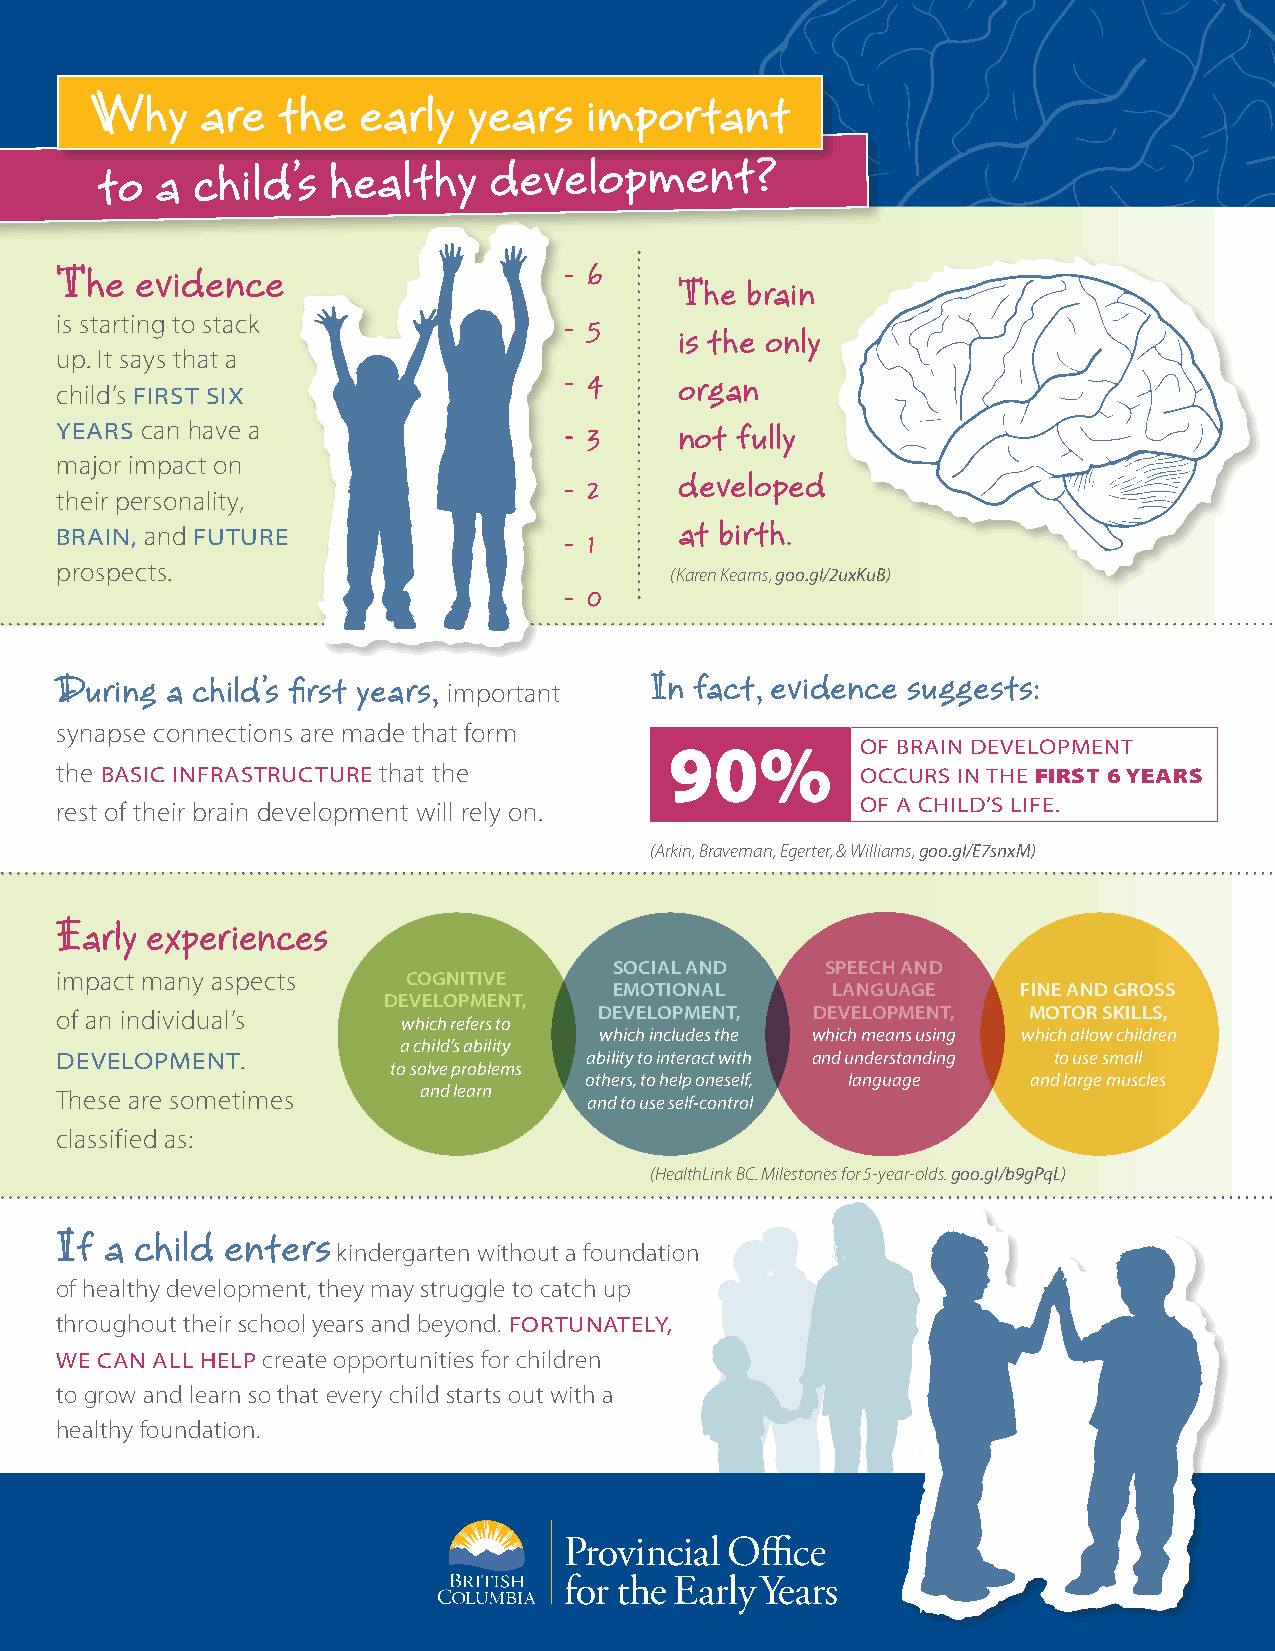
Why    are  the   early  years   important
 to  a  child’s  healthy   development?
 The  evidence                      6
 The brain
 is starting to stack               5
 is the only
 up. It says that a
 4     organ
 child’s FIRST SIX
 YEARS can have a                   3     not fully
 major impact on
 developed
 2
 their personality,
 at birth.
 BRAIN, and FUTURE                  1
 prospects.
 (Karen Kearns, goo.gl/2uxKuB)
 0
 During a child’s first years,          In fact, evidence suggests:
 important
 synapse connections are made that form
 90%          OF BRAIN DEVELOPMENT
 the BASIC INFRASTRUCTURE that the                    OCCURS IN THE FIRST 6 YEARS
 rest of their brain development will rely on.        OF A CHILD’S LIFE.
 (Arkin, Braveman, Egerter, & Williams, goo.gl/E7snxM)
 Early experiences
 SOCIAL AND    SPEECH AND
 impact many aspects    COGNITIVE
 EMOTIONAL     LANGUAGE     FINE AND GROSS
 DEVELOPMENT,
 of an individual’s                  DEVELOPMENT,  DEVELOPMENT,  MOTOR SKILLS,
 which refers to
 which includes the which means using which allow children
 a child’s ability
 DEVELOPMENT.                       ability to interact with and understanding to use small
 to solve problems
 others, to help oneself, language and large muscles
 These are sometimes     and learn
 and to use self-control
 classified as:
 (HealthLink BC. Milestones for 5-year-olds. goo.gl/b9gPqL)
 If a child enters
 kindergarten without a foundation
 of healthy development, they may struggle to catch up
 throughout their school years and beyond. FORTUNATELY,
 WE CAN ALL HELP create opportunities for children
 to grow and learn so that every child starts out with a
 healthy foundation.